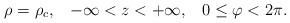
LaTeX: \begin{align*}\rho=\rho_c,\;\;\; -\infty<z<+\infty, \;\;\; 0\leq \varphi<2\pi.\end{align*}